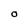
Character: O